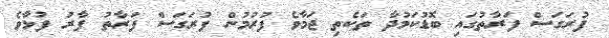
ފުރަގަސް ފަރާތުގައި ބޮޑުކަމުދާ ތަކެތި ޖަމާވެ ފުރުމުން ފުރަގަސް ފަރާތު ފާރު ފުޅާވެ